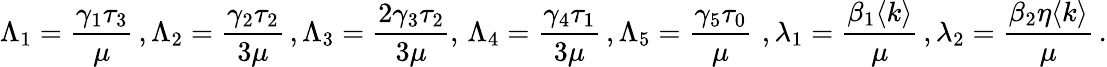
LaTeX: \Lambda_{1}=\frac{\gamma_{1}\tau_{3}}{\mu}\, ,\Lambda_{2}=\frac{\gamma_{2}\tau_{2}}{3\mu}\, ,\Lambda_{3}=\frac{2\gamma_{3}\tau_{2}}{3\mu},\, \Lambda_{4}=\frac{\gamma_{4}\tau_{1}}{3\mu}\, ,\Lambda_{5}=\frac{\gamma_{5}\tau_{0}}{\mu}\, \, ,\lambda_{1}=\frac{\beta_{1}\langle k\rangle}{\mu}\, ,\lambda_{2}=\frac{\beta_{2}\eta\langle k\rangle}{\mu}\, .